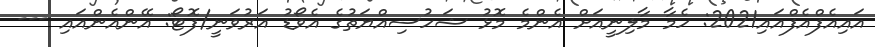
އައިއެފްއެފްއައި2021: ހެމާ މާލިނީއަށް އެންމެ މޮޅު ޝަހުސިއްޔަތުގެ އެވޯޑު އަރުވަނީ/ފޮޓޯ: އޭންއެންއައި ---